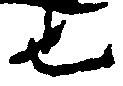
也